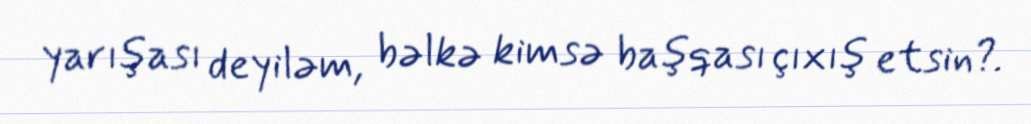
yarışası deyiləm, bəlkə kimsə başqası çıxış etsin?.